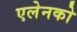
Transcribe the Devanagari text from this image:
एलेनको